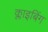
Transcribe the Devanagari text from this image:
क्लाइबिंग